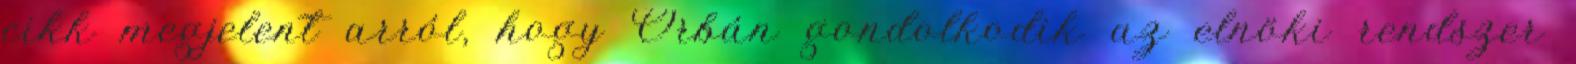
cikk megjelent arról, hogy Orbán gondolkodik az elnöki rendszer